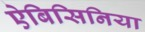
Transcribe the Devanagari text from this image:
ऐबिसिनिया